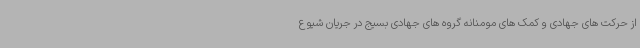
از حرکت های جهادی و کمک های مومنانه گروه های جهادی بسیج در جریان شیوع